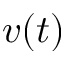
v ( t )